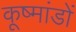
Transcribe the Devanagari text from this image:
कूष्मांडों